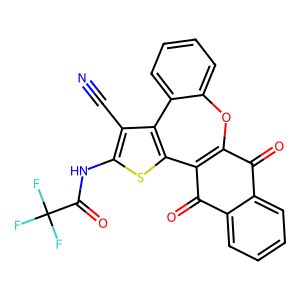
SMILES: N#Cc1c(NC(=O)C(F)(F)F)sc2c3c(=O)c4ccccc4c(=O)c=3oc3ccccc3c12
Inhibits HIV replication: No